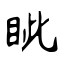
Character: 眦